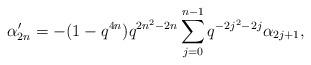
LaTeX: \begin{align*} \alpha'_{2n} = -(1-q^{4n})q^{2n^2-2n}\sum_{j=0}^{n-1}q^{-2j^2-2j}\alpha_{2j+1},\end{align*}